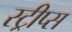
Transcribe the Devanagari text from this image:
स्ट्रीप्स